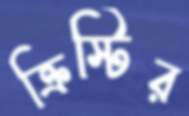
ক্রিস্টির